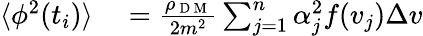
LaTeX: \begin{array}{rl}{\langle\phi^{2}(t_{i})\rangle}&{{}=\frac{\rho_{\mathrm{~D~M~}}}{2m^{2}}\sum_{j=1}^{n}\alpha_{j}^{2}f(v_{j})\Delta v}\end{array}